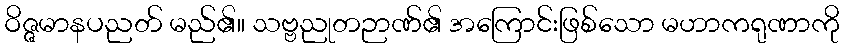
ဝိဇ္ဇမာနပညတ် မည်၏။ သဗ္ဗညုတဉာဏ်၏ အကြောင်းဖြစ်သော မဟာကရုဏာကို